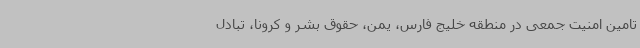
تامین امنیت جمعی در منطقه خلیج فارس، یمن، حقوق بشر و کرونا، تبادل